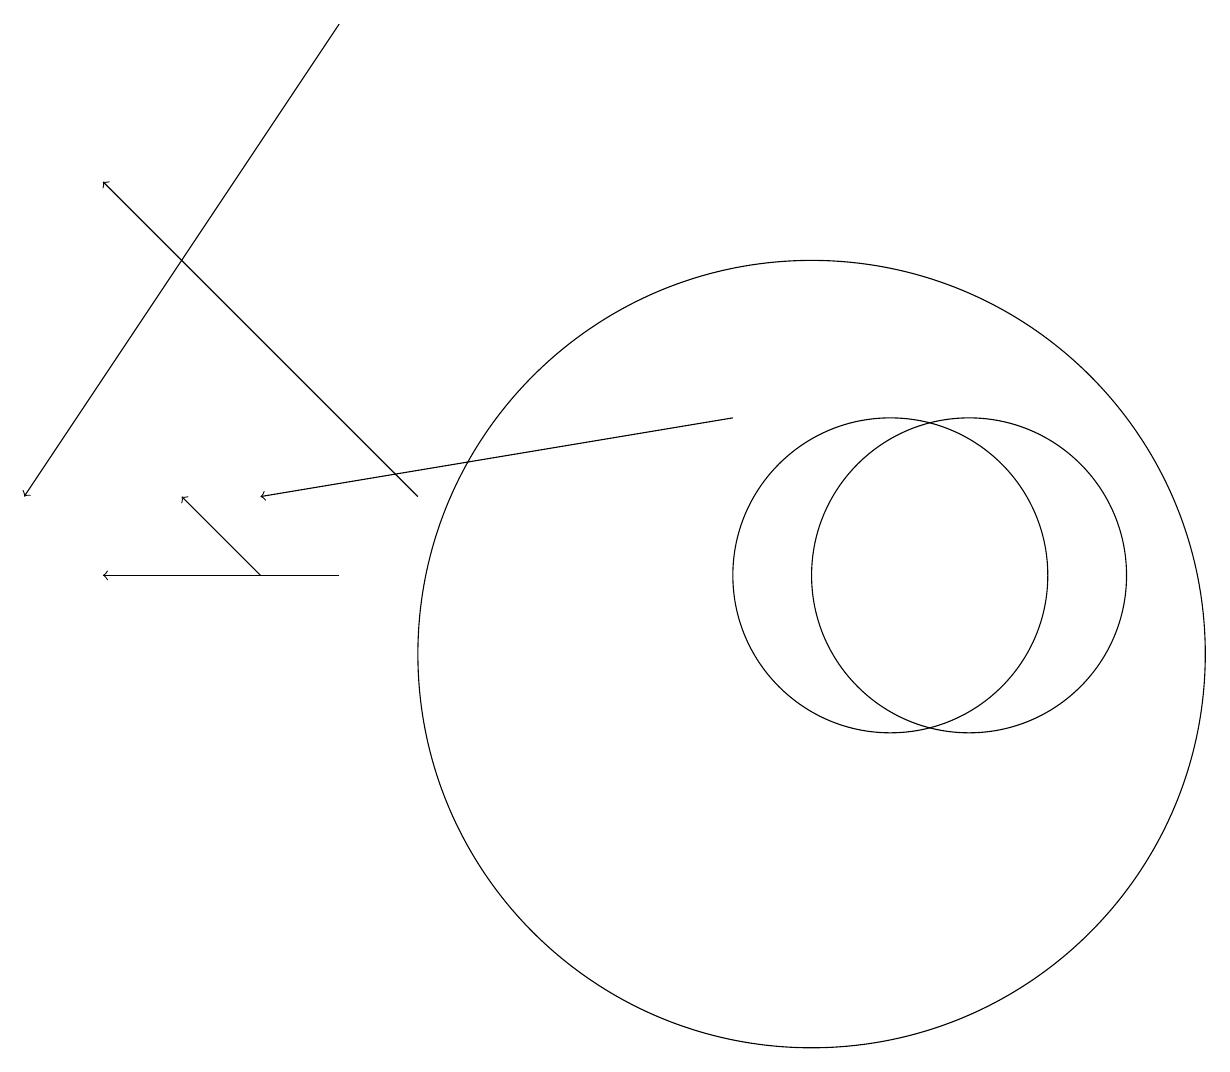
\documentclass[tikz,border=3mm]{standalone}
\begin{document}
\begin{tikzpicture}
\draw[->] (3,11) -- (2,12);
\draw[->] (4,18) -- (0,12);
\draw (11,11) circle (2);
\draw (10,10) circle (5);
\draw (12,11) circle (2);
\draw[->] (4,11) -- (1,11);
\draw[->] (9,13) -- (3,12);
\draw[->] (5,12) -- (1,16);
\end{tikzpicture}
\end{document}